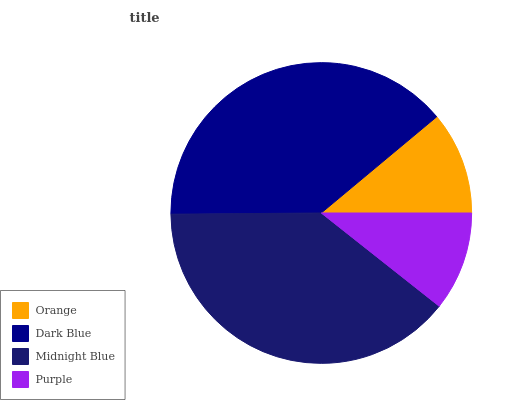
| Orange | Dark Blue | Midnight Blue | Purple |
 | --- | --- | --- | --- |
 | 11.1% | 39.1% | 39.2% | 10.7% |